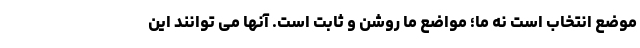
موضع انتخاب است نه ما؛ مواضع ما روشن و ثابت است. آنها می توانند این